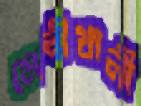
মেনীখালী